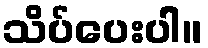
သိပ်ပေးပါ။